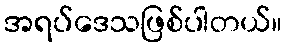
အရပ်ဒေသဖြစ်ပါတယ်။